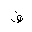
Letter: _fa